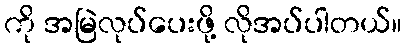
ကို အမြဲလုပ်ပေးဖို့ လိုအပ်ပါတယ်။